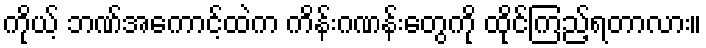
ကိုယ့် ဘဏ်အကောင့်ထဲက ကိန်းဂဏန်းတွေကို ထိုင်ကြည့်ရတာလား။